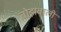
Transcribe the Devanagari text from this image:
बोझवाली